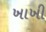
ખાખી